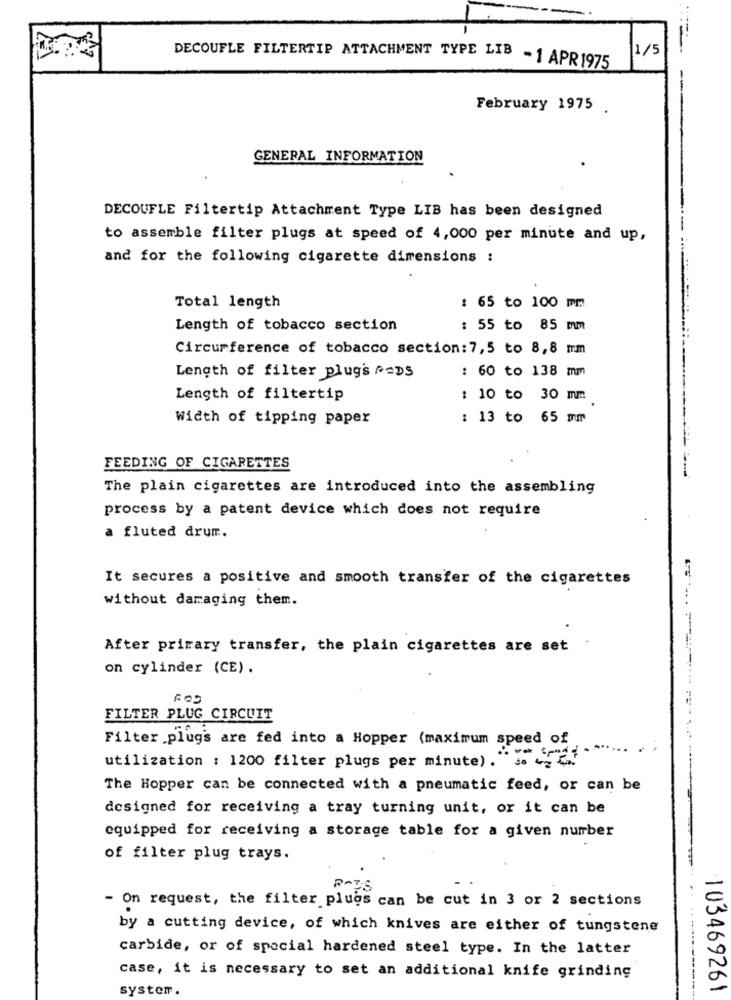
1/5
DECOUFLE FILTERTIP ATTACHMENT TYPE LIB - 1 APR 1975
February 1975
GENERAL INFORMATION
DECOUFLE Filtertip Attachment Type LIB has been designed
to assemble filter plugs at speed of 4,000 per minute and up,
and for the following cigarette dimensions :
Total length
: 65 to 100 mm
Length of tobacco section
: 55 to 85 mm
Circumference of tobacco section: 7,5 to 8,8 mm
: 60 to 138 mm
Length of filter plugs PODS
Length of filtertip
: 10 to 30 mm
Width of tipping paper
: 13 to 65 mm
FEEDING OF CIGARETTES
The plain cigarettes are introduced into the assembling
process by a patent device which does not require
a fluted drum.
It secures a positive and smooth transfer of the cigarettes
without damaging them.
After primary transfer, the plain cigarettes are set
on cylinder (CE) .
FILTER PLUG CIRCUIT
Filter plugs are fed into a Hopper (maximum speed of
utilization : 1200 filter plugs per minute) . ". 25
The Hopper can be connected with a pneumatic feed, or can be
designed for receiving a tray turning unit, or it can be
equipped for receiving a storage table for a given number
of filter plug trays.
R-ES
- On request, the filter plugs can be cut in 3 or 2 sections
by a cutting device, of which knives are either of tungstene
carbide, or of special hardened steel type. In the latter
case, it is necessary to set an additional knife grinding
system.
103469261